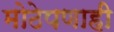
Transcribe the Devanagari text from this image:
मोठेपणाही